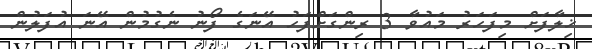
ޚިލާފަށް މިފަހަރު މައުވާ 3 ރިންގަށްފަހު އޭނަގެ ފޯނު ނެގުމުން އޭނަ އުފަލުން